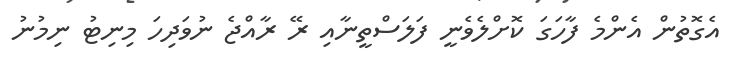
އެގޮތުން އެންމެ ފާހަގަ ކޮށްލެވެނީ ފަލަސްތީނާއި ރޭ ރާއްޖެ ނުވަދިހަ މިނިޓު ނިމުނު